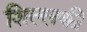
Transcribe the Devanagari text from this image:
शिल्लकी